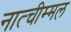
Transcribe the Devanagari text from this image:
नात्चीम्मल